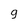
Character: 9